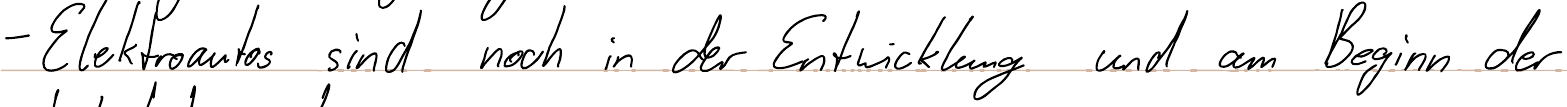
- Elektroautos sind noch in der Entwicklung und am Beginn der